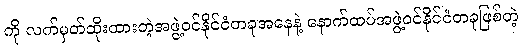
ကို လက်မှတ်ထိုးထားတဲ့အဖွဲ့ဝင်နိုင်ငံတခုအနေနဲ့ နောက်ထပ်အဖွဲ့ဝင်နိုင်ငံတခုဖြစ်တဲ့